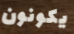
يكونون